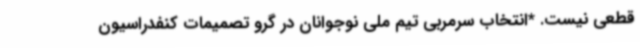
قطعی نیست. *انتخاب سرمربی تیم ملی نوجوانان در گرو تصمیمات کنفدراسیون